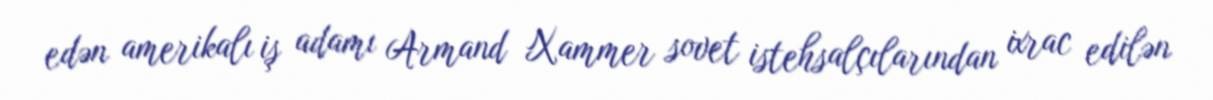
edən amerikalı iş adamı Armand Xammer sovet istehsalçılarından ixrac edilən